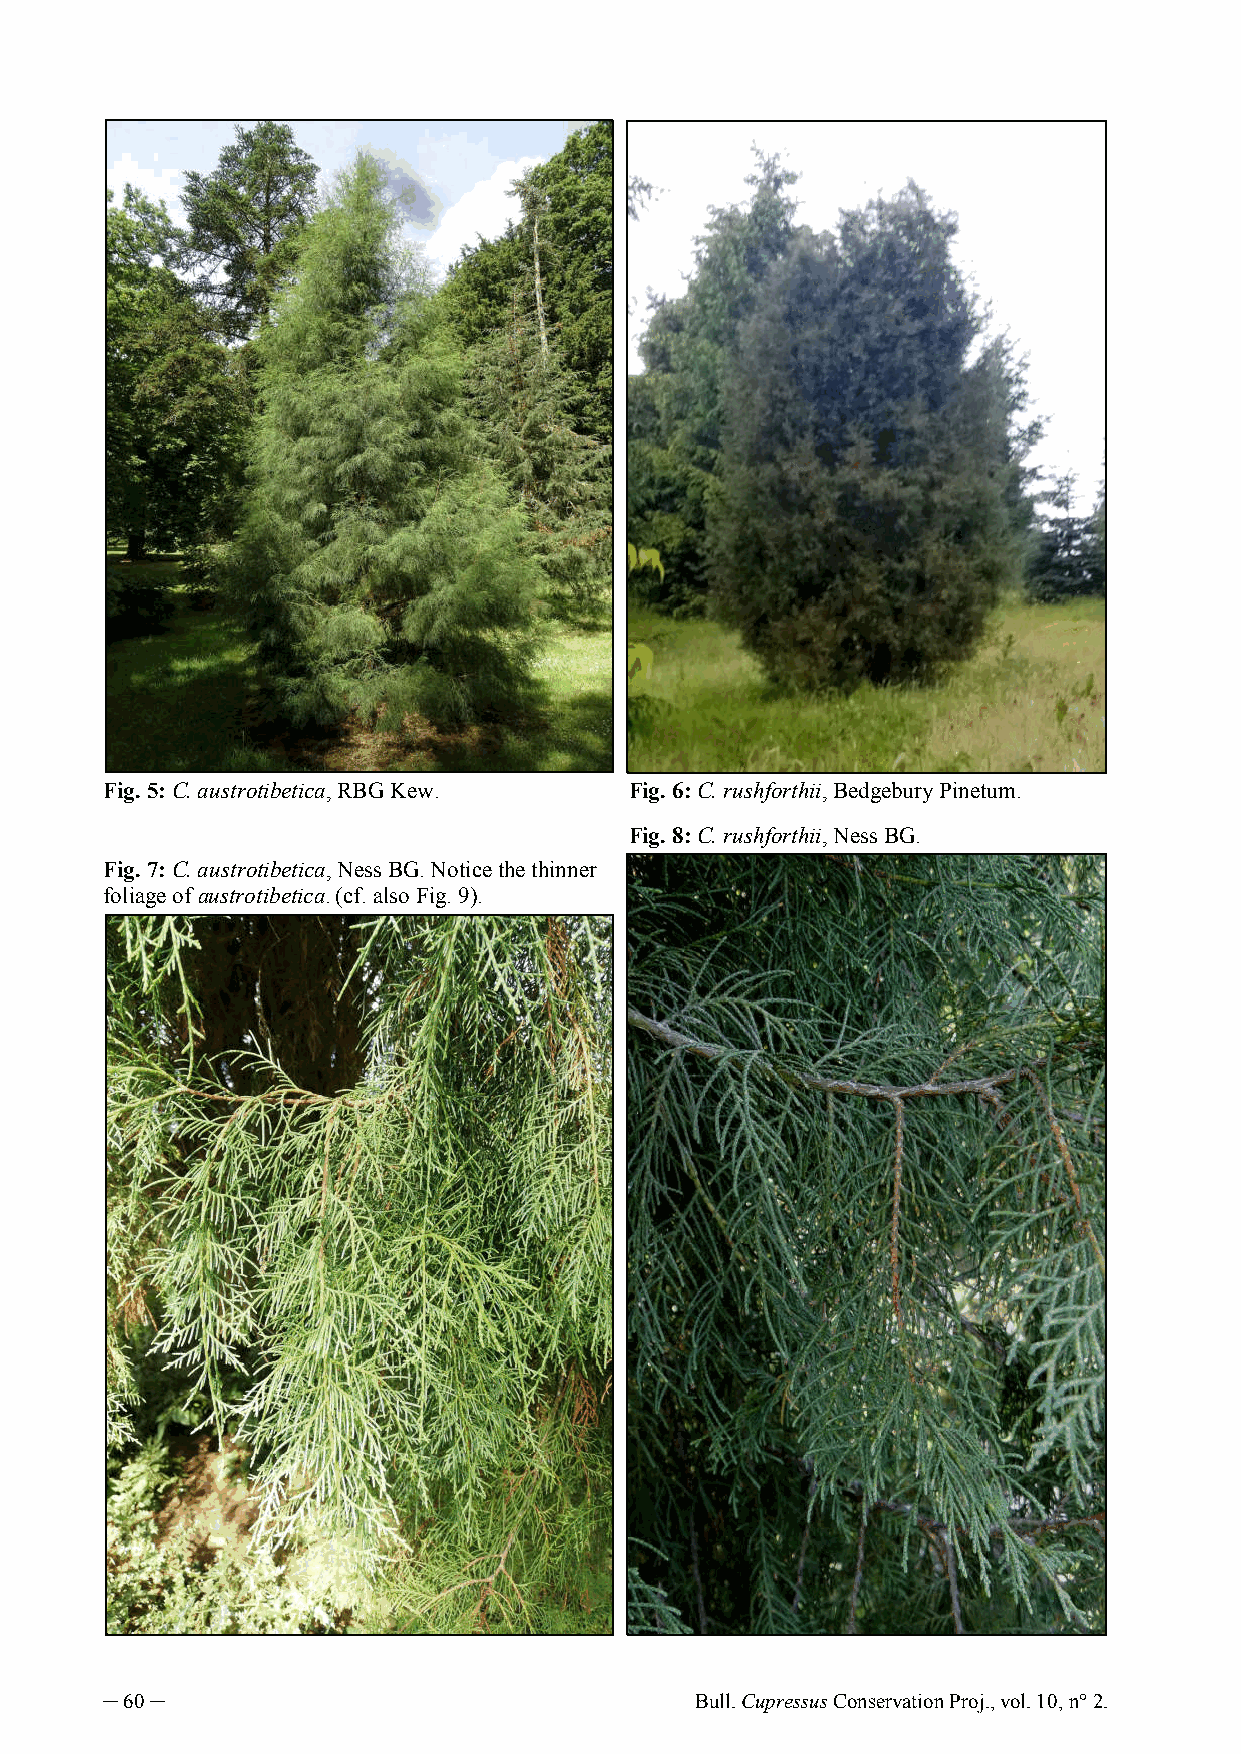
Fig. 5: C. austrotibetica, RBG Kew. Fig. 6: C. rushforthii, Bedgebury Pinetum.
 Fig. 8: C. rushforthii, Ness BG.
 Fig. 7: C. austrotibetica, Ness BG. Notice the thinner
 foliage of austrotibetica. (cf. also Fig. 9).
 ─ 60 ─                                 Bull. Cupressus Conservation Proj., vol. 10, n° 2.